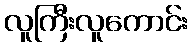
လူကြီးလူကောင်း